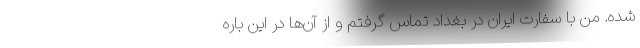
شده. من با سفارت ایران در بغداد تماس گرفتم و از آن‌ها در این باره